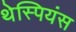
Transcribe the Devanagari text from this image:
थेस्पियंस